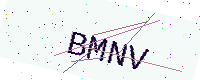
Text: BMNV